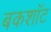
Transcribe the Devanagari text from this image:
बकशॉट